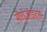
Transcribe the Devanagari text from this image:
मीरोज़ॉइट्स